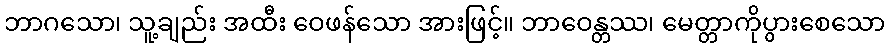
ဘာဂသော၊ သူ့ချည်း အထီး ဝေဖန်သော အားဖြင့်။ ဘာဝေန္တဿ၊ မေတ္တာကိုပွားစေသော